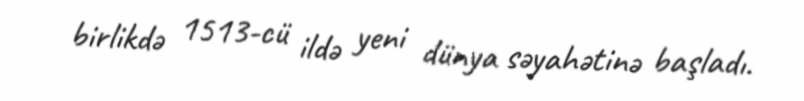
birlikdə 1513-cü ildə yeni dünya səyahətinə başladı.